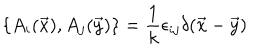
\{ A _ { i } ( \vec { x } ) , A _ { j } ( \vec { y } ) \} = \frac { 1 } { k } \epsilon _ { i j } \delta ( \vec { x } - \vec { y } )